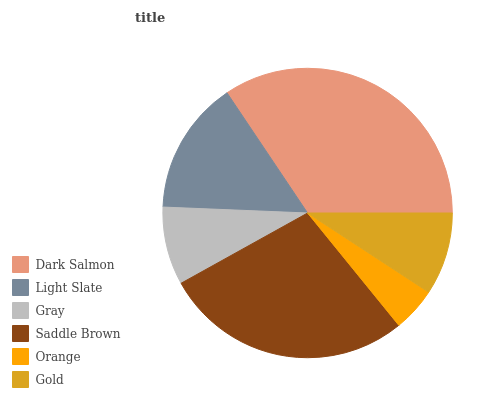
| Dark Salmon | Light Slate | Gray | Saddle Brown | Orange | Gold |
 | --- | --- | --- | --- | --- | --- |
 | 34.4% | 14.9% | 8.72% | 27.8% | 4.93% | 9.21% |